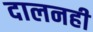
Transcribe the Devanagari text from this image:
दालनही